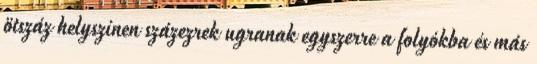
ötszáz helyszínen százezrek ugranak egyszerre a folyókba és más